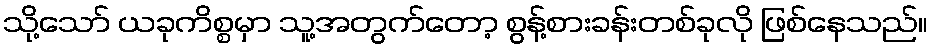
သို့သော် ယခုကိစ္စမှာ သူ့အတွက်တော့ စွန့်စားခန်းတစ်ခုလို ဖြစ်နေသည်။